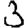
Digit: 3